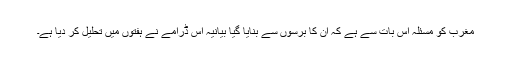
مغرب کو مسئلہ اس بات سے ہے کہ ان کا برسوں سے بنایا گیا بیانیہ اس ڈرامے نے ہفتوں میں تحلیل کر دیا ہے۔